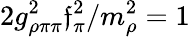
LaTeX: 2g_{\rho\pi\pi}^{2}\mathfrak{f}_{\pi}^{2}/m_{\rho}^{2}=1